Leaving Certificate Examination (including Day School Certificate (Higher) General paper), 1939
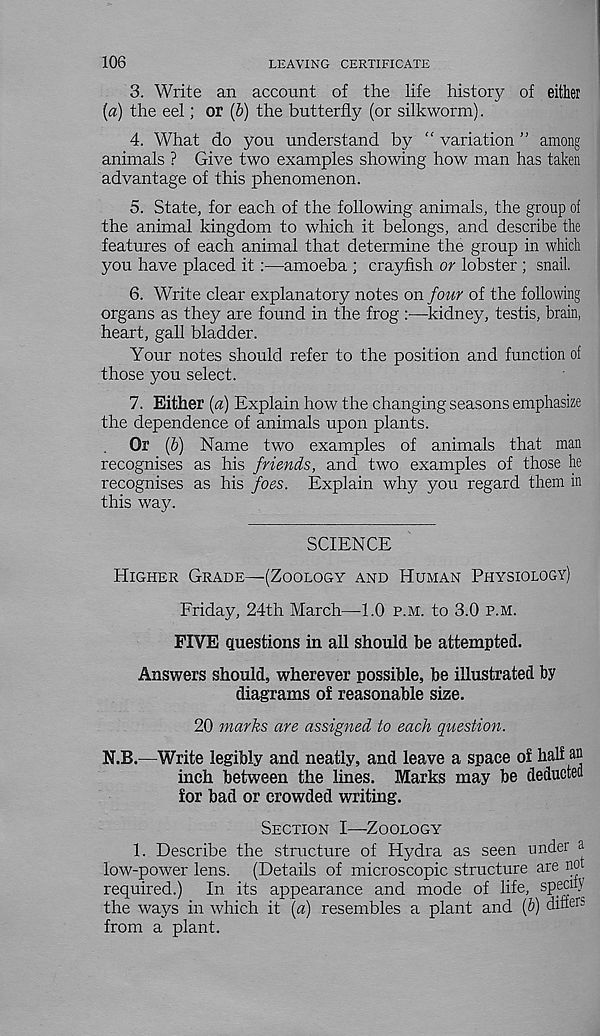
106
LEAVING CERTIFICATE
3. Write an account of the life history of either
{a) the eel; or (6) the butterfly (or silkworm).
4. What do you understand by “ variation ” among
animals ? Give two examples showing how man has taken
advantage of this phenomenon.
5. State, for each of the following animals, the group of
the animal kingdom to which it belongs, and describe the
features of each animal that determine the group in which
you have placed it :—amoeba ; crayfish or lobster ; snail.
6. Write clear explanatory notes on four of the following
organs as they are found in the frog :—kidney, testis, brain,
heart, gall bladder.
Your notes should refer to the position and function of
those you select.
7. Either (a) Explain how the changing seasons emphasize
the dependence of animals upon plants.
Or {b) Name two examples of animals that man
recognises as his friends, and two examples of those he
recognises as his foes. Explain why you regard them in
this way.
SCIENCE
Higher Grade—(Zoology and Human Physiology)
Friday, 24th March—-1.0 p.m. to 3.0 p.m.
FIVE questions in all should be attempted.
Answers should, wherever possible, be illustrated by
diagrams of reasonable size.
20 marks are assigned to each question.
N.B.—Write legibly and neatly, and leave a space of half an
inch between the lines. Marks may be deducted
for bad or crowded writing.
Section I—Zoology
1. Describe the structure of Hydra as seen under a
low-power lens. (Details of microscopic structure are not
required.)
In its appearance and mode of life, speedy
the ways in which it (a) resembles a plant and [b) differ
from a plant.